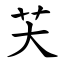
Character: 芖